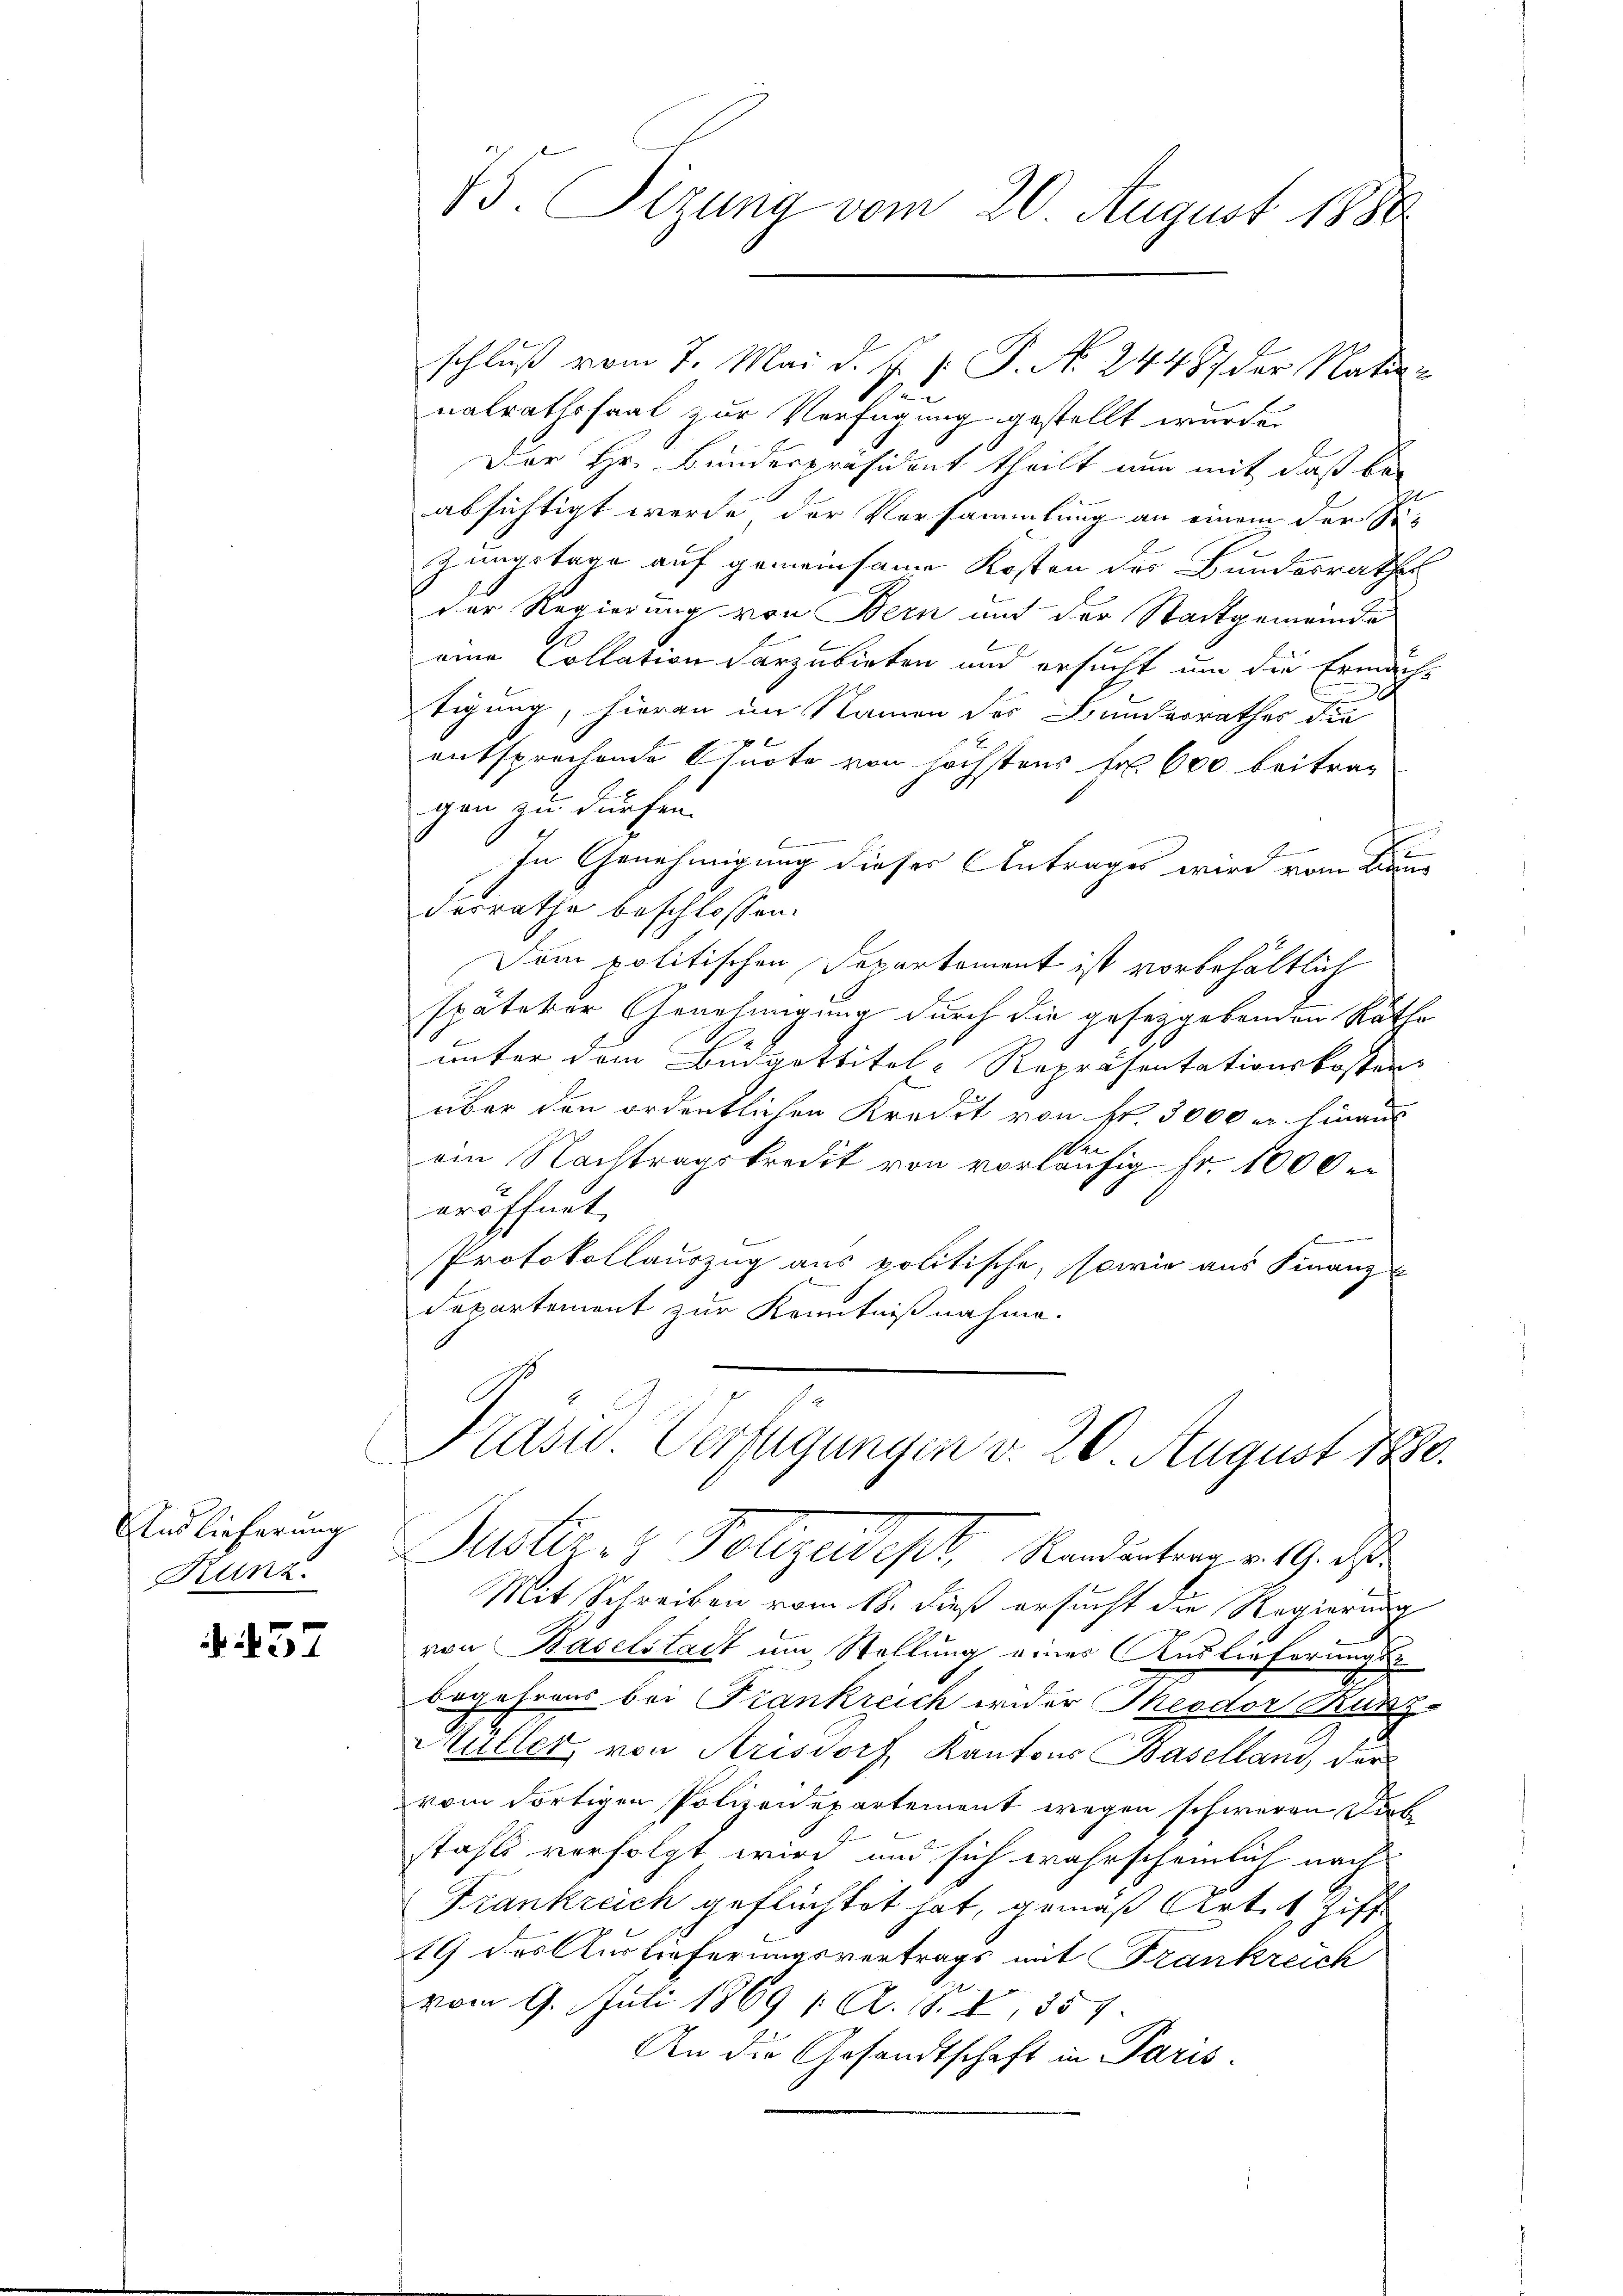
Auslieferung
Kunz.

437

schluß vom 7. Mai d. J. P. P. No. 24487 der Nation
nalrathssaal zur Verfügung gestellt wurde.
Der Hr. Bundespräsident theilt nun mit daß beabsichtigt werde, der Vorsammlung an einem der Se-
zungstage auf gemeinsame Kosten des Bundesrathes
der Regierung von Bern auf der Stadtgemeinde
eine Collation darzubieten und ersucht um die Ermächtigung, hieran im Namen der Bundesrathes die
 x
entsprechende Osnote von höchstens Fr. 600 beitrag
gan zu dürfen.
S
In Genehmigung dieses Antrages wird vom S
desrathe beschlossen:
Dem politischen Departement ist vorbehältlich
späterer Genehmigung durch die gesetzgebenden Räthe
unter dem Büdgottitel- Repräsentationskostens
über den ordentlichen Kredit von Fr. 3000 u. hinaus
de.
ein Nachtragskredit von vorläufig fr. 1000 er
eröffnet.
Protokollauszug aus politische, sowie aus Finanz
Departement zur Kenntnißnahme.

75. Sizung vom 20. August 1888

Kasu. Verfügungen d. 20. August 1880.
Justiz- & Polizeidept, Randenberg v. 9. d

Mit Schreiben vom 18. dieß ersucht die Regierung
von Baselstadt um Stellung eines Auslieferungs-
begehrens bei Frankreich weder Theodor Kun
Müller, von Arisdorf, Kantons Baselland, der
vom dortigen Polizeidepartement wegen schweren Diebstahls verfolgt wird, und sich wahrscheinlich nach
Frankreich geflüchtet hat, gemäß Artet, Ziff
19 des Auslieferungsvertrags mit Frankreich
vom 9. Juli 1869 1. A. 18. I, 35 f.
An die Gesandtschaft in Paris.